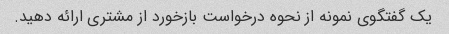
یک گفتگوی نمونه از نحوه درخواست بازخورد از مشتری ارائه دهید.